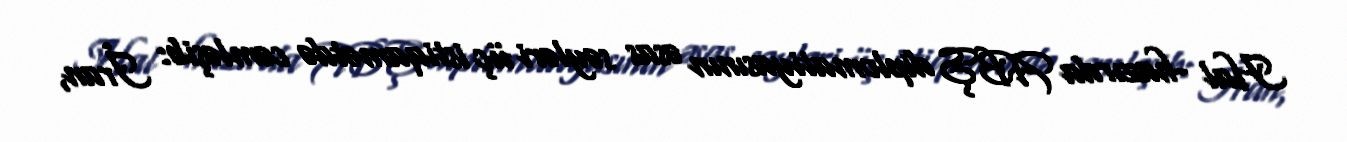
Hal -hazırda ABŞ diplomatiyasının əsas səyləri üç istiqamətdə cəmləşib: İran,